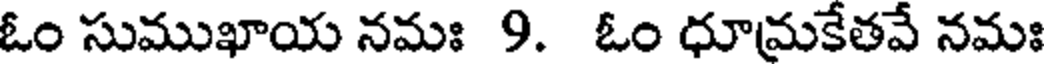
ఓం సుముఖాయ నమః 9. ఓం ధూమకేతవే నమః